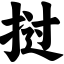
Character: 挝